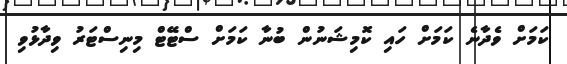
ކަމަށް ވެދާނެ ކަމަށް ހައި ކޮމިޝަނުން ބުނާ ކަމަށް ސްޓޭޓް މިނިސްޓަރު ވިދާޅުވި